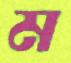
ম